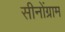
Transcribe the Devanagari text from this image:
सीनोंग्राम